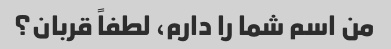
من اسم شما را دارم، لطفاً قربان؟